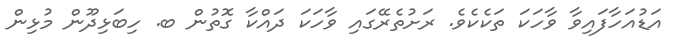
އަޑުއަހާފައިވާ ވާހަކަ ތަކެކެވެ. ރަށުތެރޭގައި ވާހަކަ ދައްކާ ގޮތުން ބ. ހިބަޅިދޫން މުޅިން